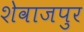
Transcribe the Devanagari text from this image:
शेवाजपुर